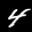
Label: 4